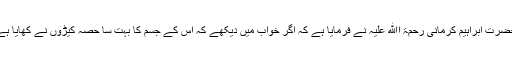
حضرت ابراہیم کرمانی رحمۃ اﷲ علیہ نے فرمایا ہے کہ اگر خواب میں دیکھے کہ اس کے جسم کا بہت سا حصہ کیڑوں نے کھایا ہے۔